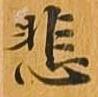
悲